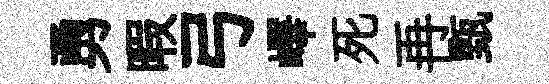
勇暇弓嶧死再甄